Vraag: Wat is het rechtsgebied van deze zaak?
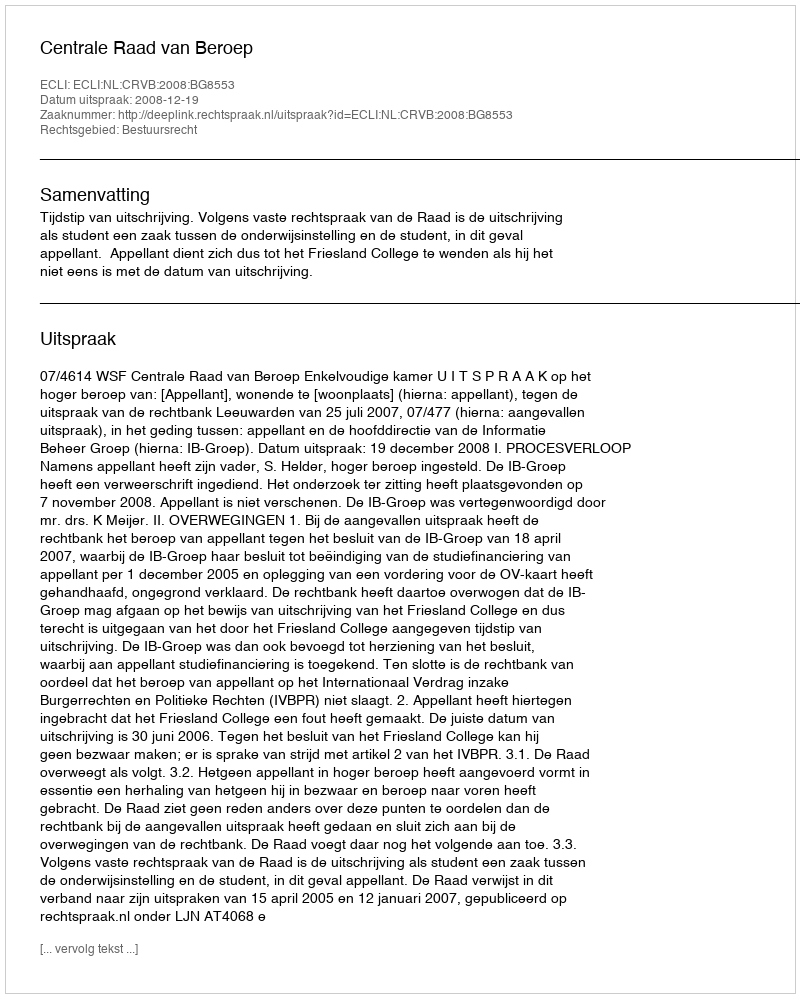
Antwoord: Bestuursrecht